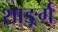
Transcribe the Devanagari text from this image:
शार्ङ्र्ग